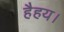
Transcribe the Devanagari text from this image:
हैहय।